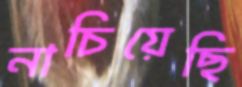
নাচিয়েছি